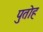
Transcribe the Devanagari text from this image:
पुतोह